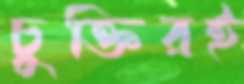
চুক্তিরই